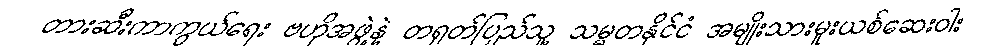
တားဆီးကာကွယ်ရေး ဗဟိုအဖွဲ့နဲ့ တရုတ်ပြည်သူ့ သမ္မတနိုင်ငံ အမျိုးသားမူးယစ်ဆေးဝါး